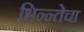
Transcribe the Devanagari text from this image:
भिन्न्तेचा